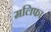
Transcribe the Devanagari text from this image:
मलिफा